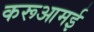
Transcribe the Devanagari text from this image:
करूआमई